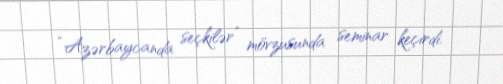
“Azərbaycanda seçkilər” mövzusunda seminar keçirdi.